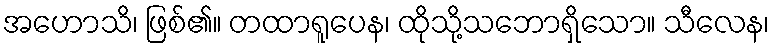
အဟောသိ၊ ဖြစ်၏။ တထာရူပေန၊ ထိုသို့သဘောရှိသော။ သီလေန၊